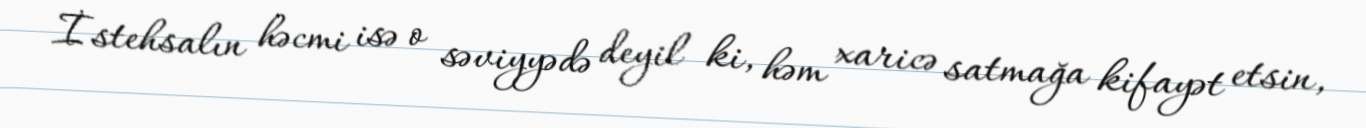
İstehsalın həcmi isə o səviyyədə deyil ki, həm xaricə satmağa kifayət etsin,